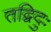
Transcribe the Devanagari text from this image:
तद्विदुः